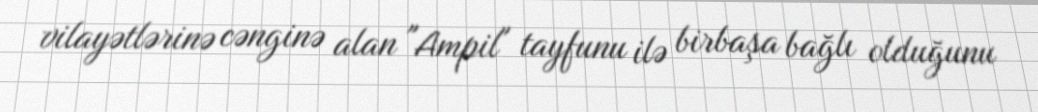
vilayətlərinə cənginə alan "Ampil" tayfunu ilə birbaşa bağlı olduğunu